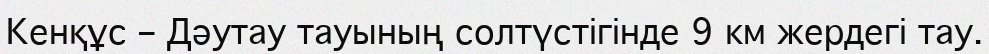
Кенқұс – Дәутау тауының солтүстігінде 9 км жердегі тау.